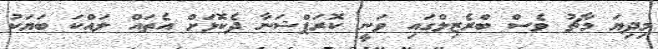
މިދިޔަ މާޗު ވެސް ބްރެޒިލްގައި ވަނީ ކޮރަޕްޝަނާ ދެކޮޅަށް އެތައް ލައްކަ ބަޔަކު